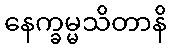
နေက္ခမ္မသိတာနိ